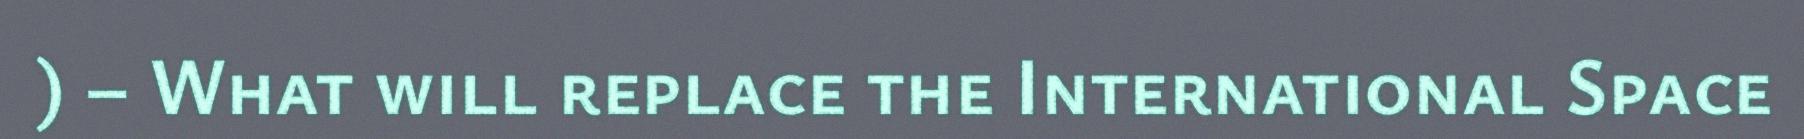
) – What will replace the International Space